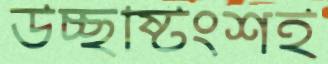
উচ্ছষ্টিংশই